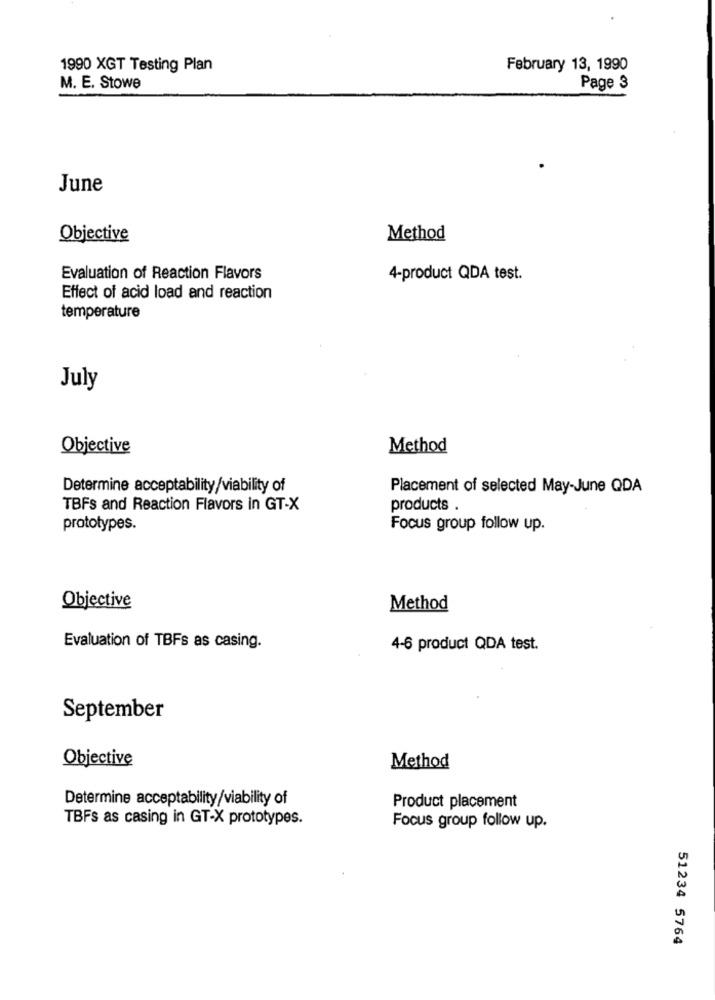
1990 XGT Testing Plan
February 13, 1990
M. E. Stowe
Page 3
June
Objective
Method
Evaluation of Reaction Flavors
4-product QDA test.
Effect of acid load and reaction
temperature
July
Objective
Method
Determine acceptability/viability of
Placement of selected May-June QDA
TBFs and Reaction Flavors in GT-X
products .
prototypes.
Focus group follow up.
Objective
Method
Evaluation of TBFs as casing.
4-6 product QDA test.
September
Objective
Method
Determine acceptability/viability of
Product placement
TBFs as casing in GT-X prototypes.
Focus group follow up.
51234 5764